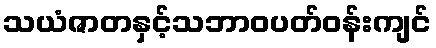
သယံဇာတနှင့်သဘာဝပတ်ဝန်းကျင်